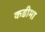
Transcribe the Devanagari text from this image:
कडीमा